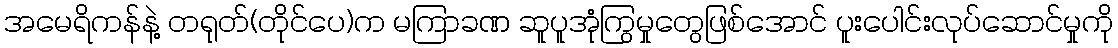
အမေရိကန်နဲ့ တရုတ်(တိုင်ပေ)က မကြာခဏ ဆူပူအုံကြွမှုတွေဖြစ်အောင် ပူးပေါင်းလုပ်ဆောင်မှုကို